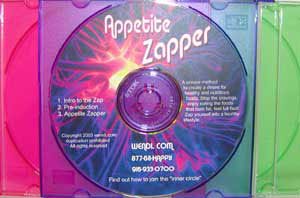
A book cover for Appetite Zapper; Wendi Friesen; Health, Fitness & Dieting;